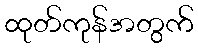
ထုတ်ကုန်အတွက်